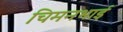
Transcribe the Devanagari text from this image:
चिमनभाई